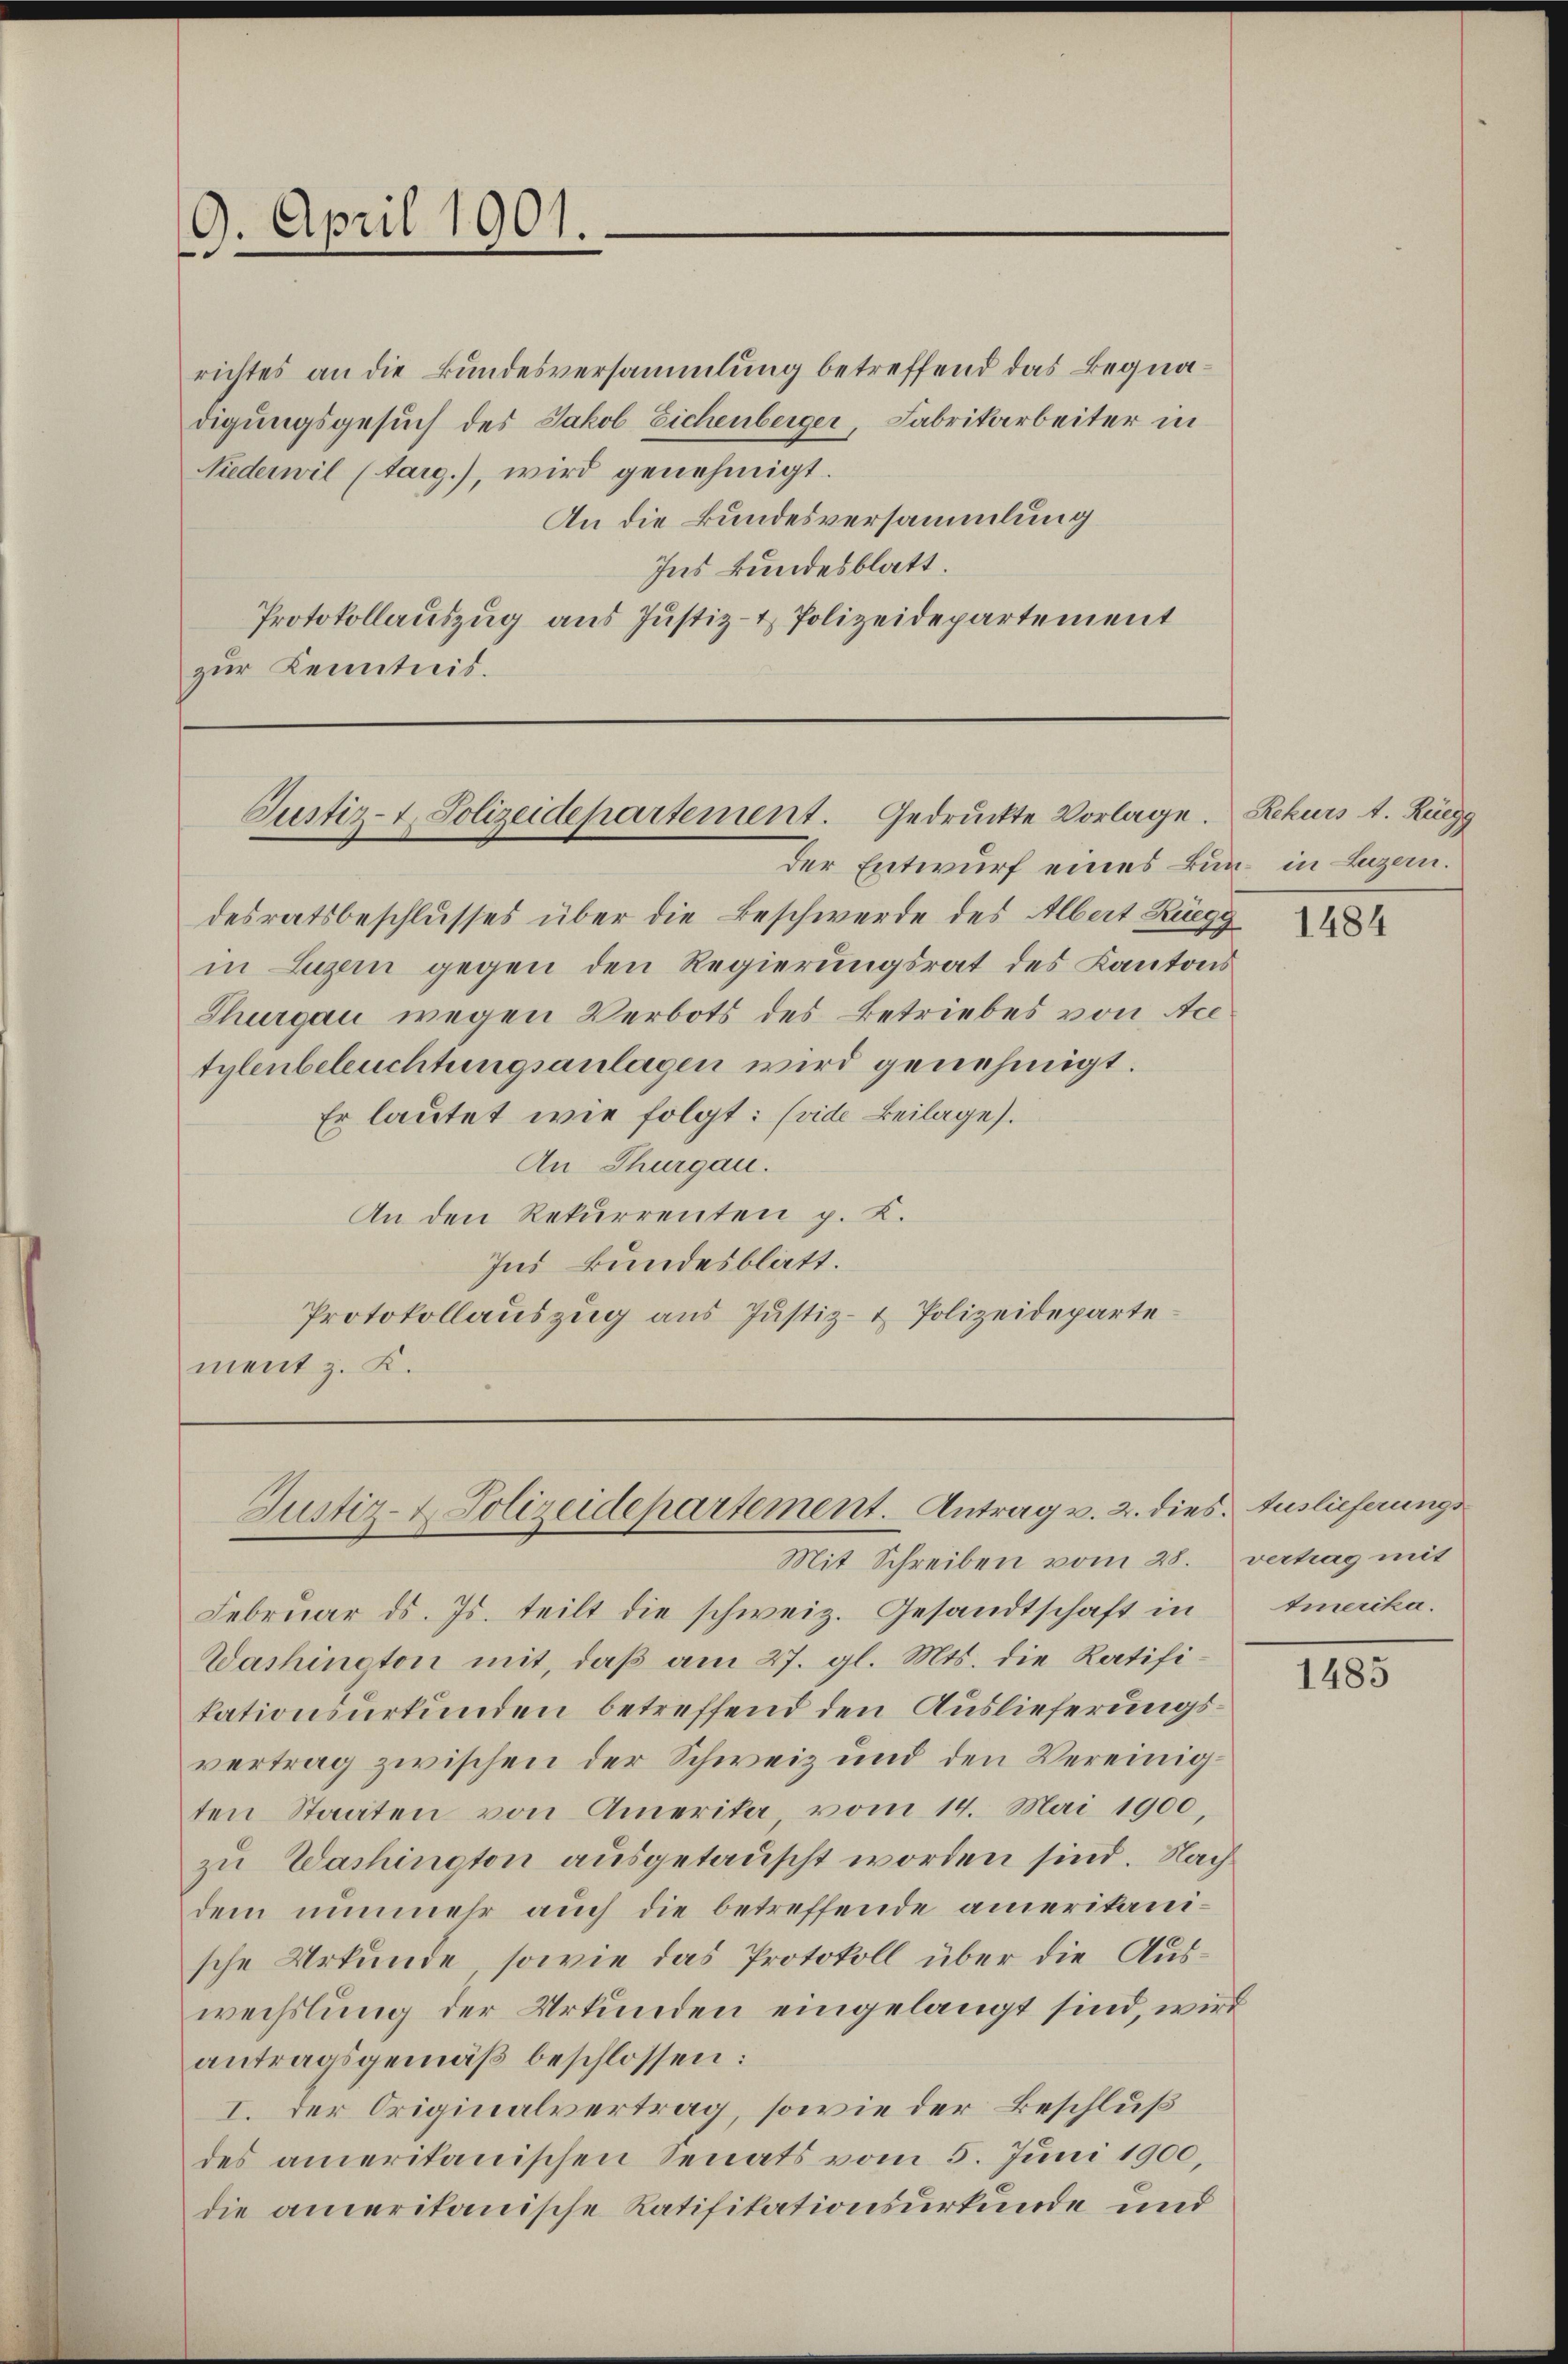
9. April 1901.
e

richtes an die Bundesversammlung betreffend das Begnadigungsgesuch des Jakob Eichenberger, Fabrikarbeiter in
Niederwil (targ.), wird genehmigt.
An die Bundesversammlung
Ins kundesblatt.
Protokollauszug aus Justiz- & Polizeidepartement
zur Kenntnis.

Justiz- & Polizeidepartement. Gedruckte Vorlage. Rekurs d. Rüegg

Justiz- & Polizeidepartement. Antrag v. 2. dies. Auslieferungs¬
Mit Schreiben vom 28. vertrag mit

der Entwurf eines Bun- in Luzern.
desratsbeschlusses über die Beschwerde des Albert Rüegg
in Luzern gegen den Regierungsrat des Kantons
Thurgau wegen Verbots des Betriebes von Ace
tylenbeleuchtungsanlagen wird genehmigt.
Er lautet wie folgt: (vide Beilage).
An Thurgau.
An den Rekurrenten p. K.
Ins kundesblatt.
Protokollauszug aus Justiz- & Polizeidepartement z. K.

Februar ds. Js. teilt die schweiz. Gesandtschaft in
Washinoton mit, daß am 27. gl. Mts. die Ratifikationsurkunden betreffend den Auslieferungsvertrag zwischen der Schweiz und den Vereinigten Staaten von Amerika vom 14. Mai 1900,
zu Washington ausgetauscht worden sind. Nach
dem nunmehr auch die betreffende amerikanische Urkunde, sowie das Protokoll über die Auswechslung der Urkunden eingelangt sind, wird
antragsgemäβ beschlossen:
I. Der Originalvertrag, sowie der Beschluß
des amerikanischen Senats vom 5. Juni 1900,
die amerikanische Ratifikationsurkunde und

1484

tmerika.

1485